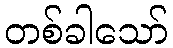
တစ်ခါသော်